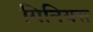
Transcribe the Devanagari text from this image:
गिनियस